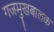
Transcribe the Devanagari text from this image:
गजमुखबालक